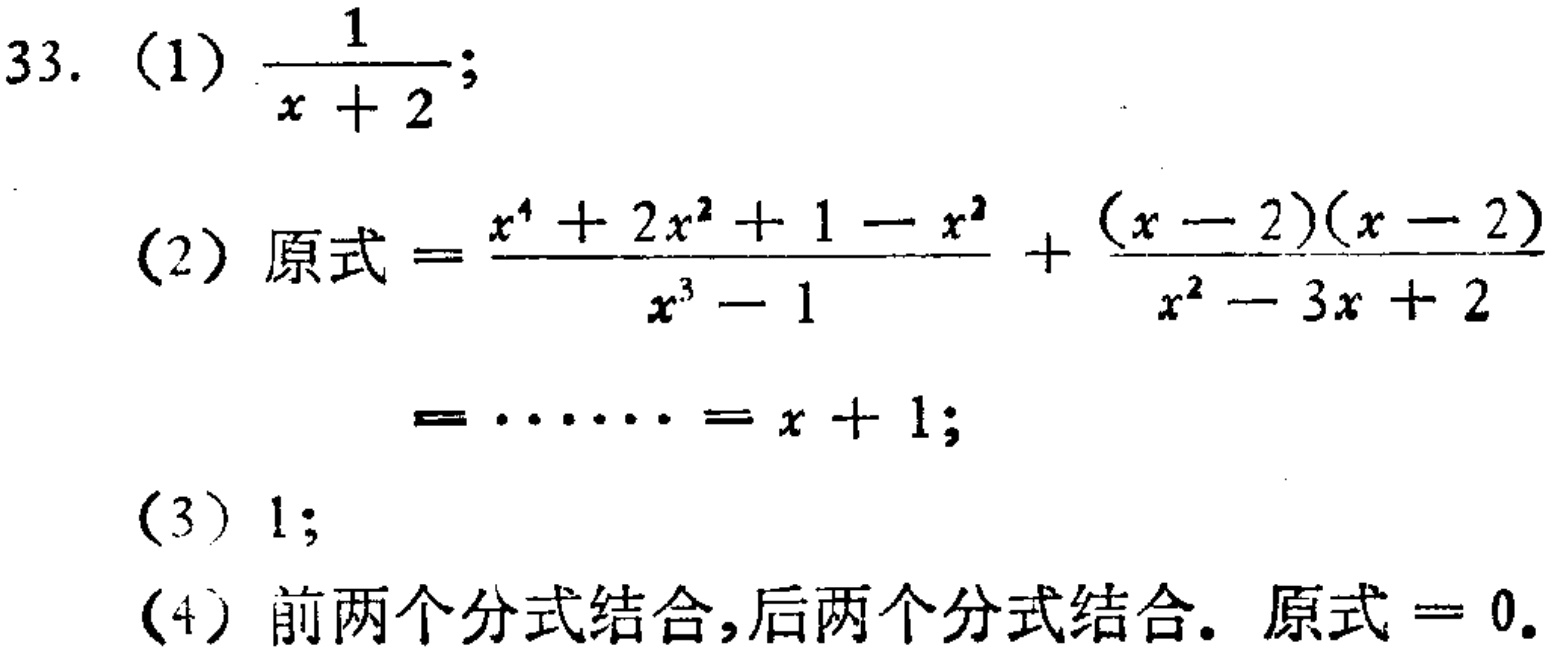
\[

\begin{align*}

&33.\ (1)\ \frac{1}{x + 2};\\

&(2)\ 原式=\frac{x^{4}+2x^{2}+1 - x^{2}}{x^{3}-1}+\frac{(x - 2)(x - 2)}{x^{2}-3x + 2}=\cdots=x + 1;\\

&(3)\ 1;\\

&(4)\ 前两个分式结合,后两个分式结合. 原式 = 0.

\end{align*}

\]